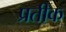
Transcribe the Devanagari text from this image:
प्रतीक